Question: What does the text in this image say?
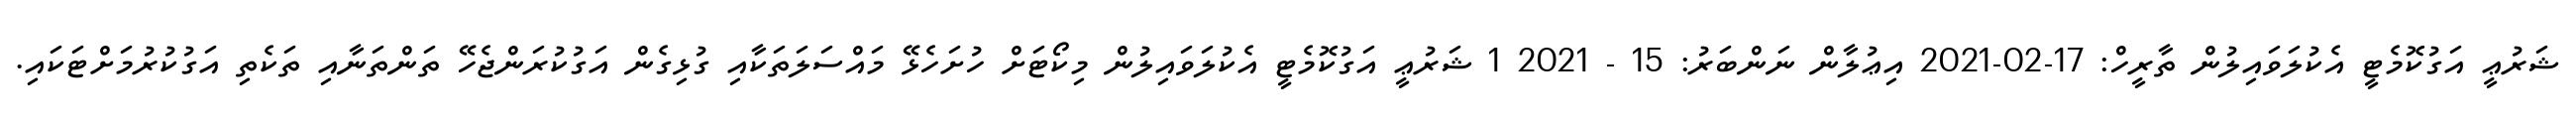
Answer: ޝަރުޢީ އަގުކޮމެޓީ އެކުލަވައިލުން ތާރީހް: 17-02-2021 އިޢުލާން ނަންބަރު: 15 - 2021 1 ޝަރުޢީ އަގުކޮމެޓީ އެކުލަވައިލުން މިކޯޓަށް ހުށަހެޅޭ މައްސަލަތަކާއި ގުޅިގެން އަގުކުރަންޖެހޭ ތަންތަނާއި ތަކެތި އަގުކުރުމަށްޓަކައި.